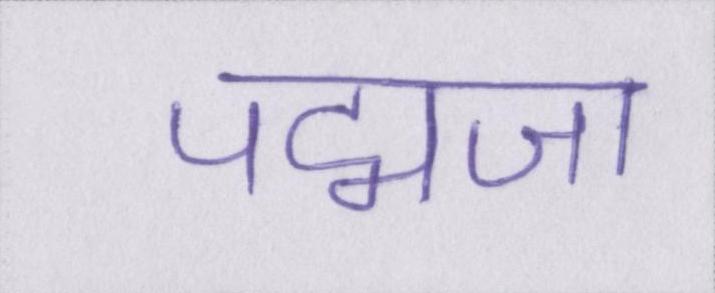
पद्मजा